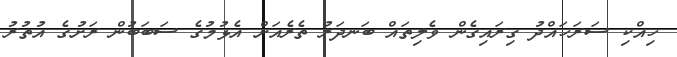
ހިއްކި ސަރަހައްދު ގިރައިގެން ވެލިތައް ބަނދަރު ތެރެއަށް އެޅުމުގެ ސަބަބުން ރަށުގެ އުތުރު